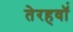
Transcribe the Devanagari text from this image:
तेरहवॉं